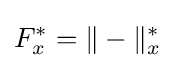
F_{x}^{*}=\|-\|_{x}^{*}